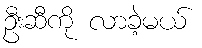
ဦးဆီကို လာခဲ့မယ်